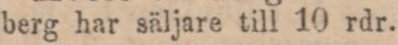
berg har säljare till 10 rdr.